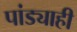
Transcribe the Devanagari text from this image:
पांड्याही